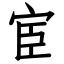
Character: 宦